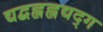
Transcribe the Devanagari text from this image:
द्यद्बह्लह्लद्यद्ग